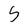
Character: S